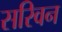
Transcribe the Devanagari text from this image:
सरिवन